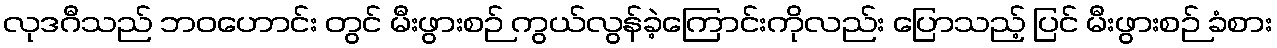
လုဒဂီသည် ဘဝဟောင်း တွင် မီးဖွားစဉ် ကွယ်လွန်ခဲ့ကြောင်းကိုလည်း ပြောသည့် ပြင် မီးဖွားစဉ် ခံစား